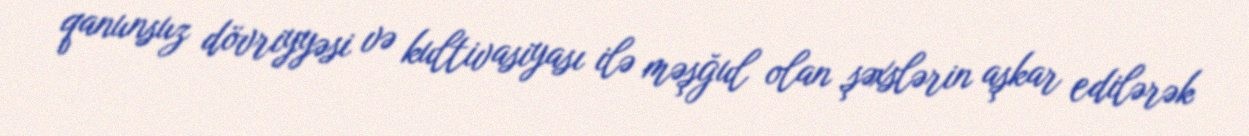
qanunsuz dövriyyəsi və kultivasiyası ilə məşğul olan şəxslərin aşkar edilərək